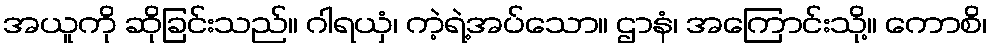
အယူကို ဆိုခြင်းသည်။ ဂါရယှံ၊ ကဲ့ရဲ့အပ်သော။ ဌာနံ၊ အကြောင်းသို့။ ကောစိ၊